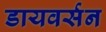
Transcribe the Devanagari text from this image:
डायवर्सन